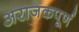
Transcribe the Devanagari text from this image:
अराजकपूर्ण